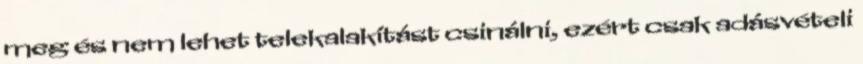
meg és nem lehet telekalakítást csinálni, ezért csak adásvételi